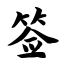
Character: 签